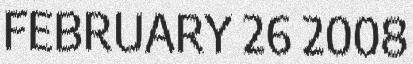
FEBRUARY 26 2008